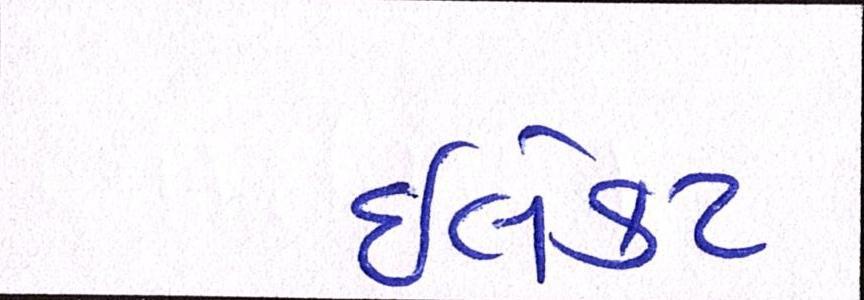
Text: ઈલેક્ટ